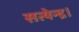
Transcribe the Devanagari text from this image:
सत्येन्द्र।